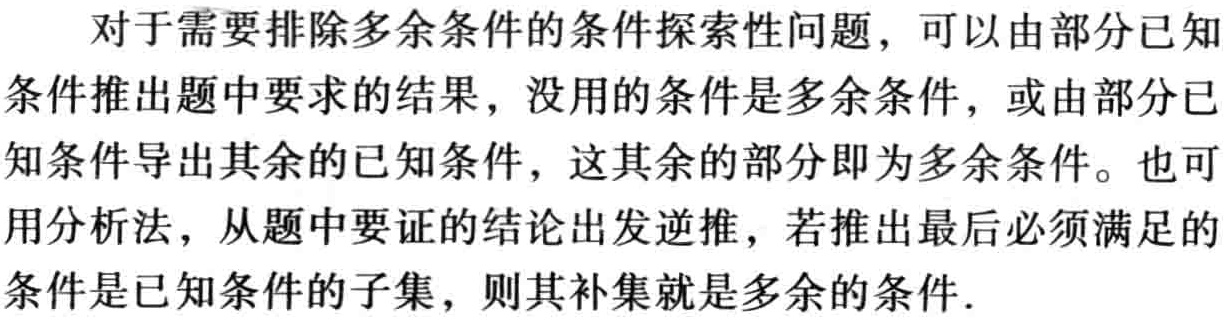
对于需要排除多余条件的条件探索性问题，可以由部分已知条件推出题中要求的结果，没用的条件是多余条件，或由部分已知条件导出其余的已知条件，这其余的部分即为多余条件。也可用分析法，从题中要证的结论出发逆推，若推出最后必须满足的条件是已知条件的子集，则其补集就是多余的条件.